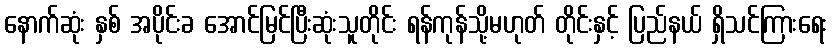
နောက်ဆုံး နှစ် အပိုင်းခ အောင်မြင်ပြီးဆုံးသူတိုင်း ရန်ကုန်သို့မဟုတ် တိုင်းနှင့် ပြည်နယ် ရှိသင်ကြားရေး